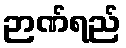
ဉာဏ်ရည်